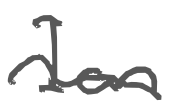
Text: Ian
Cross-out: wave
Writing tool: digital_gray